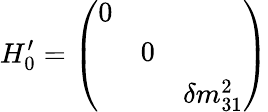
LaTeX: H_{0}^{\prime}=\left(\begin{array}{ccc}{{0}}&{{}}&{{}}\\ {{}}&{{0}}&{{}}\\ {{}}&{{}}&{{\delta m_{31}^{2}}}\end{array}\right)